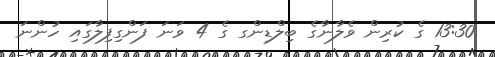
13:30 ގެ ކުރިން ވެލާނާގެ ބިލްޑިންގ ގެ 4 ވަނަ ފަންގިފިލާގައި ހުންނަ